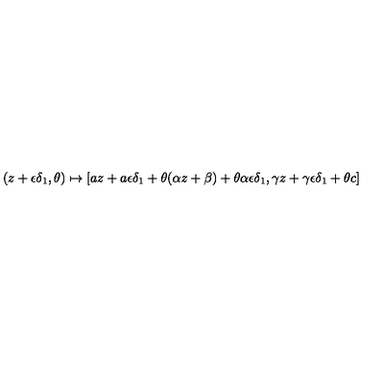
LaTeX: ( z + \epsilon \delta _ { 1 } , \theta ) \mapsto [ a z + a \epsilon \delta _ { 1 } + \theta ( \alpha z + \beta ) + \theta \alpha \epsilon \delta _ { 1 } , \gamma z + \gamma \epsilon \delta _ { 1 } + \theta c ]